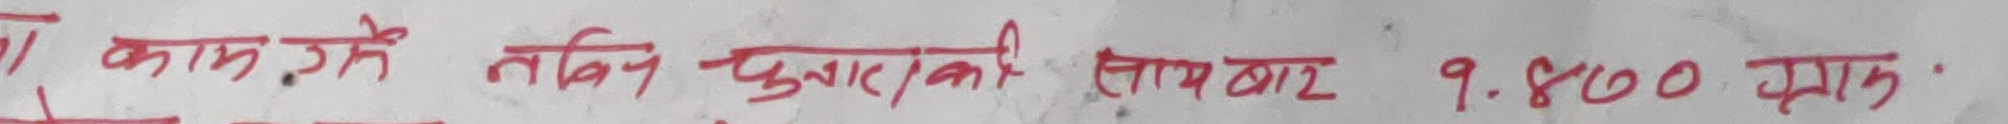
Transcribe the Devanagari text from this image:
ना काम. जे तबिन चुवन कौ लायबार 9.४०० क्रम.